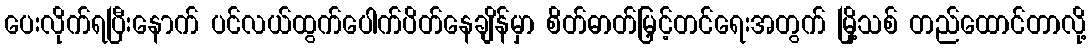
ပေးလိုက်ရပြီးနောက် ပင်လယ်ထွက်ပေါက်ပိတ်နေချိန်မှာ စိတ်ဓာတ်မြှင့်တင်ရေးအတွက် မြို့သစ် တည်ထောင်တာလို့